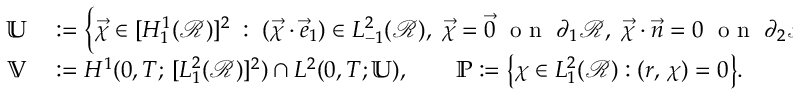
\begin{array} { r l } { \mathbb { U } } & { { } : = \Bigl \{ \vec { \chi } \in [ H _ { 1 } ^ { 1 } ( \mathscr { R } ) ] ^ { 2 } \; : \; ( \vec { \chi } \cdot \vec { e } _ { 1 } ) \in L _ { - 1 } ^ { 2 } ( \mathscr { R } ) , \; \vec { \chi } = \vec { 0 } \; \mathrm { ~ o ~ n ~ } \; \partial _ { 1 } \mathscr { R } , \; \vec { \chi } \cdot \vec { n } = 0 \; \mathrm { ~ o ~ n ~ } \; \partial _ { 2 } \mathscr { R } \Bigr \} , } \\ { \mathbb { V } } & { { } : = H ^ { 1 } ( 0 , T ; \, [ L _ { 1 } ^ { 2 } ( \mathscr { R } ) ] ^ { 2 } ) \cap L ^ { 2 } ( 0 , T ; \mathbb { U } ) , \qquad { \mathbb { P } } : = \bigl \{ \chi \in L _ { 1 } ^ { 2 } ( \mathscr { R } ) : ( r , \, \chi ) = 0 \bigr \} . } \end{array}